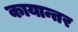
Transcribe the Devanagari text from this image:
कायान्तर